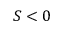
S < 0